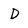
Character: D